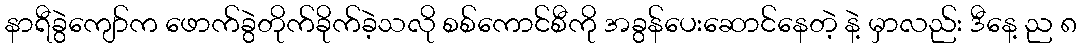
နာရီခွဲကျော်က ဖောက်ခွဲတိုက်ခိုက်ခဲ့သလို စစ်ကောင်စီကို အခွန်ပေးဆောင်နေတဲ့ နဲ့ မှာလည်း ဒီနေ့ ည ၈